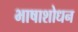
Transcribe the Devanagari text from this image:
भाषाशोधन